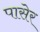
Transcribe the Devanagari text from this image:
पासेर